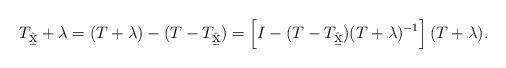
LaTeX: \begin{align*} T_{\hat{\b{x}}}+\lambda &= (T + \lambda) - (T - T_{\hat{\b{x}}}) = \left[I- (T - T_{\hat{\b{x}}})(T+\lambda)^{-1}\right](T+\lambda). \end{align*}